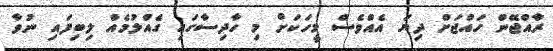
ރާއްޖޭން ހައްޖަށް ދިޔަ އެއްވެސް މީހަކަށް މި ހާދިސާގައި ގެއްލުމެއް ލިބިފައި ނުވާ